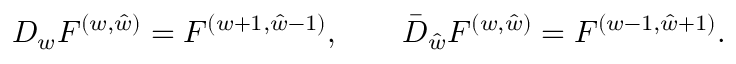
{ D _ { w } F ^ { ( w , \hat { w } ) } = F ^ { ( w + 1 , \hat { w } - 1 ) } , \qquad \bar { D } _ { \hat { w } } F ^ { ( w , \hat { w } ) } = F ^ { ( w - 1 , \hat { w } + 1 ) } . }